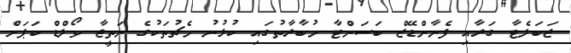
ޒަބަލެޓާ ގަރާއި ފެނާންޑޭޒް ބަސަންޓާ މުބާރާތުގައި ކުޅުނު މެޗުތަކުގެ ނަތީޖާ ވޯލްޑް ކަޕަށް